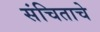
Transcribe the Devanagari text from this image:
संचिताचे